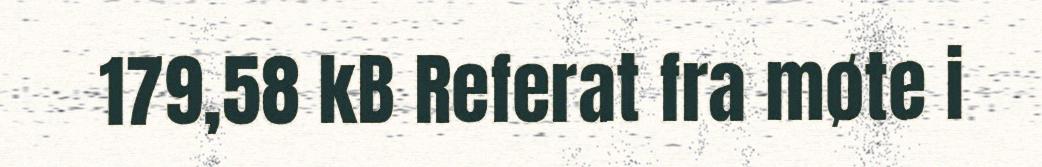
179,58 kB Referat fra møte i